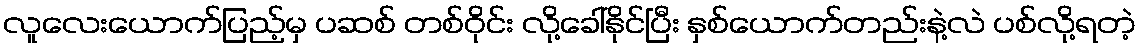
လူလေးယောက်ပြည့်မှ ပဆစ် တစ်ဝိုင်း လို့ခေါ်နိုင်ပြီး နှစ်ယောက်တည်းနဲ့လဲ ပစ်လို့ရတဲ့